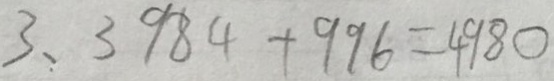
3 、 3 9 8 4 + 9 9 6 = 4 9 8 0